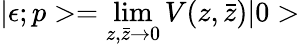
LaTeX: |\epsilon;p>=\operatorname*{lim}_{z,\bar{z}\rightarrow 0}V(z,\bar{z})|0>